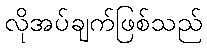
လိုအပ်ချက်ဖြစ်သည်